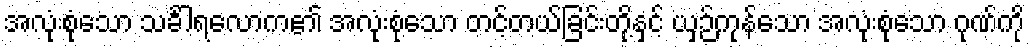
အလုံးစုံသော သင်္ခါရလောက၏ အလုံးစုံသော တင့်တယ်ခြင်းတို့နှင့် ယှဉ်ကုန်သော အလုံးစုံသော ဂုဏ်ကို